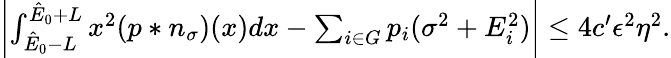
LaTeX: \begin{array}{r}{\left|\int_{\hat{E}_{0}-L}^{\hat{E}_{0}+L}x^{2}(p\ast n_{\sigma})(x)dx-\sum_{i\in G}p_{i}(\sigma^{2}+E_{i}^{2})\right|\leq 4c^{\prime}\epsilon^{2}\eta^{2}.}\end{array}